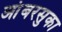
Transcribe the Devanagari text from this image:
आंबरसुका